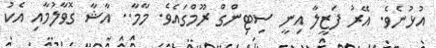
އުޅުނެވެ. އޭރު ފަޒީލާ އިނީ ސިޓިންގް ރޫމްގައެވެ. މާމާ.. އާޝާ ގޮވާލުމާއި އެކު